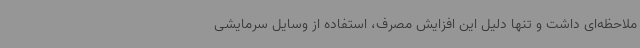
ملاحظه‌ای داشت و تنها دلیل این افزایش مصرف، استفاده از وسایل سرمایشی